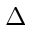
\Delta